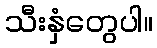
သီးနှံတွေပါ။